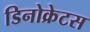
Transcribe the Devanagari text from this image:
डिनोक्रेटस